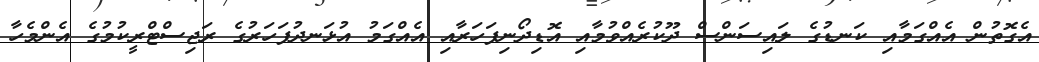
އެގޮތުން އެއްގަމާއި ކަނޑުގެ ލައިސަންސް ދޫކުރެއްވުމާއި އޮޑިދޯނިފަހަރާއި އެއްގަމު އުޅަނދުފަހަރުގެ ރަޖިސްޓްރީކުމުގެ އެންމެހާ